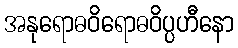
အနုရောဓဝိရောဓဝိပ္ပဟီနော